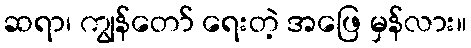
ဆရာ၊ ကျွန်တော် ရေးတဲ့ အဖြေ မှန်လား။